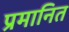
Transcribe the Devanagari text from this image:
प्रमानित